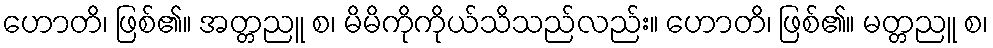
ဟောတိ၊ ဖြစ်၏။ အတ္တညူ စ၊ မိမိကိုကိုယ်သိသည်လည်း။ ဟောတိ၊ ဖြစ်၏။ မတ္တညူ စ၊